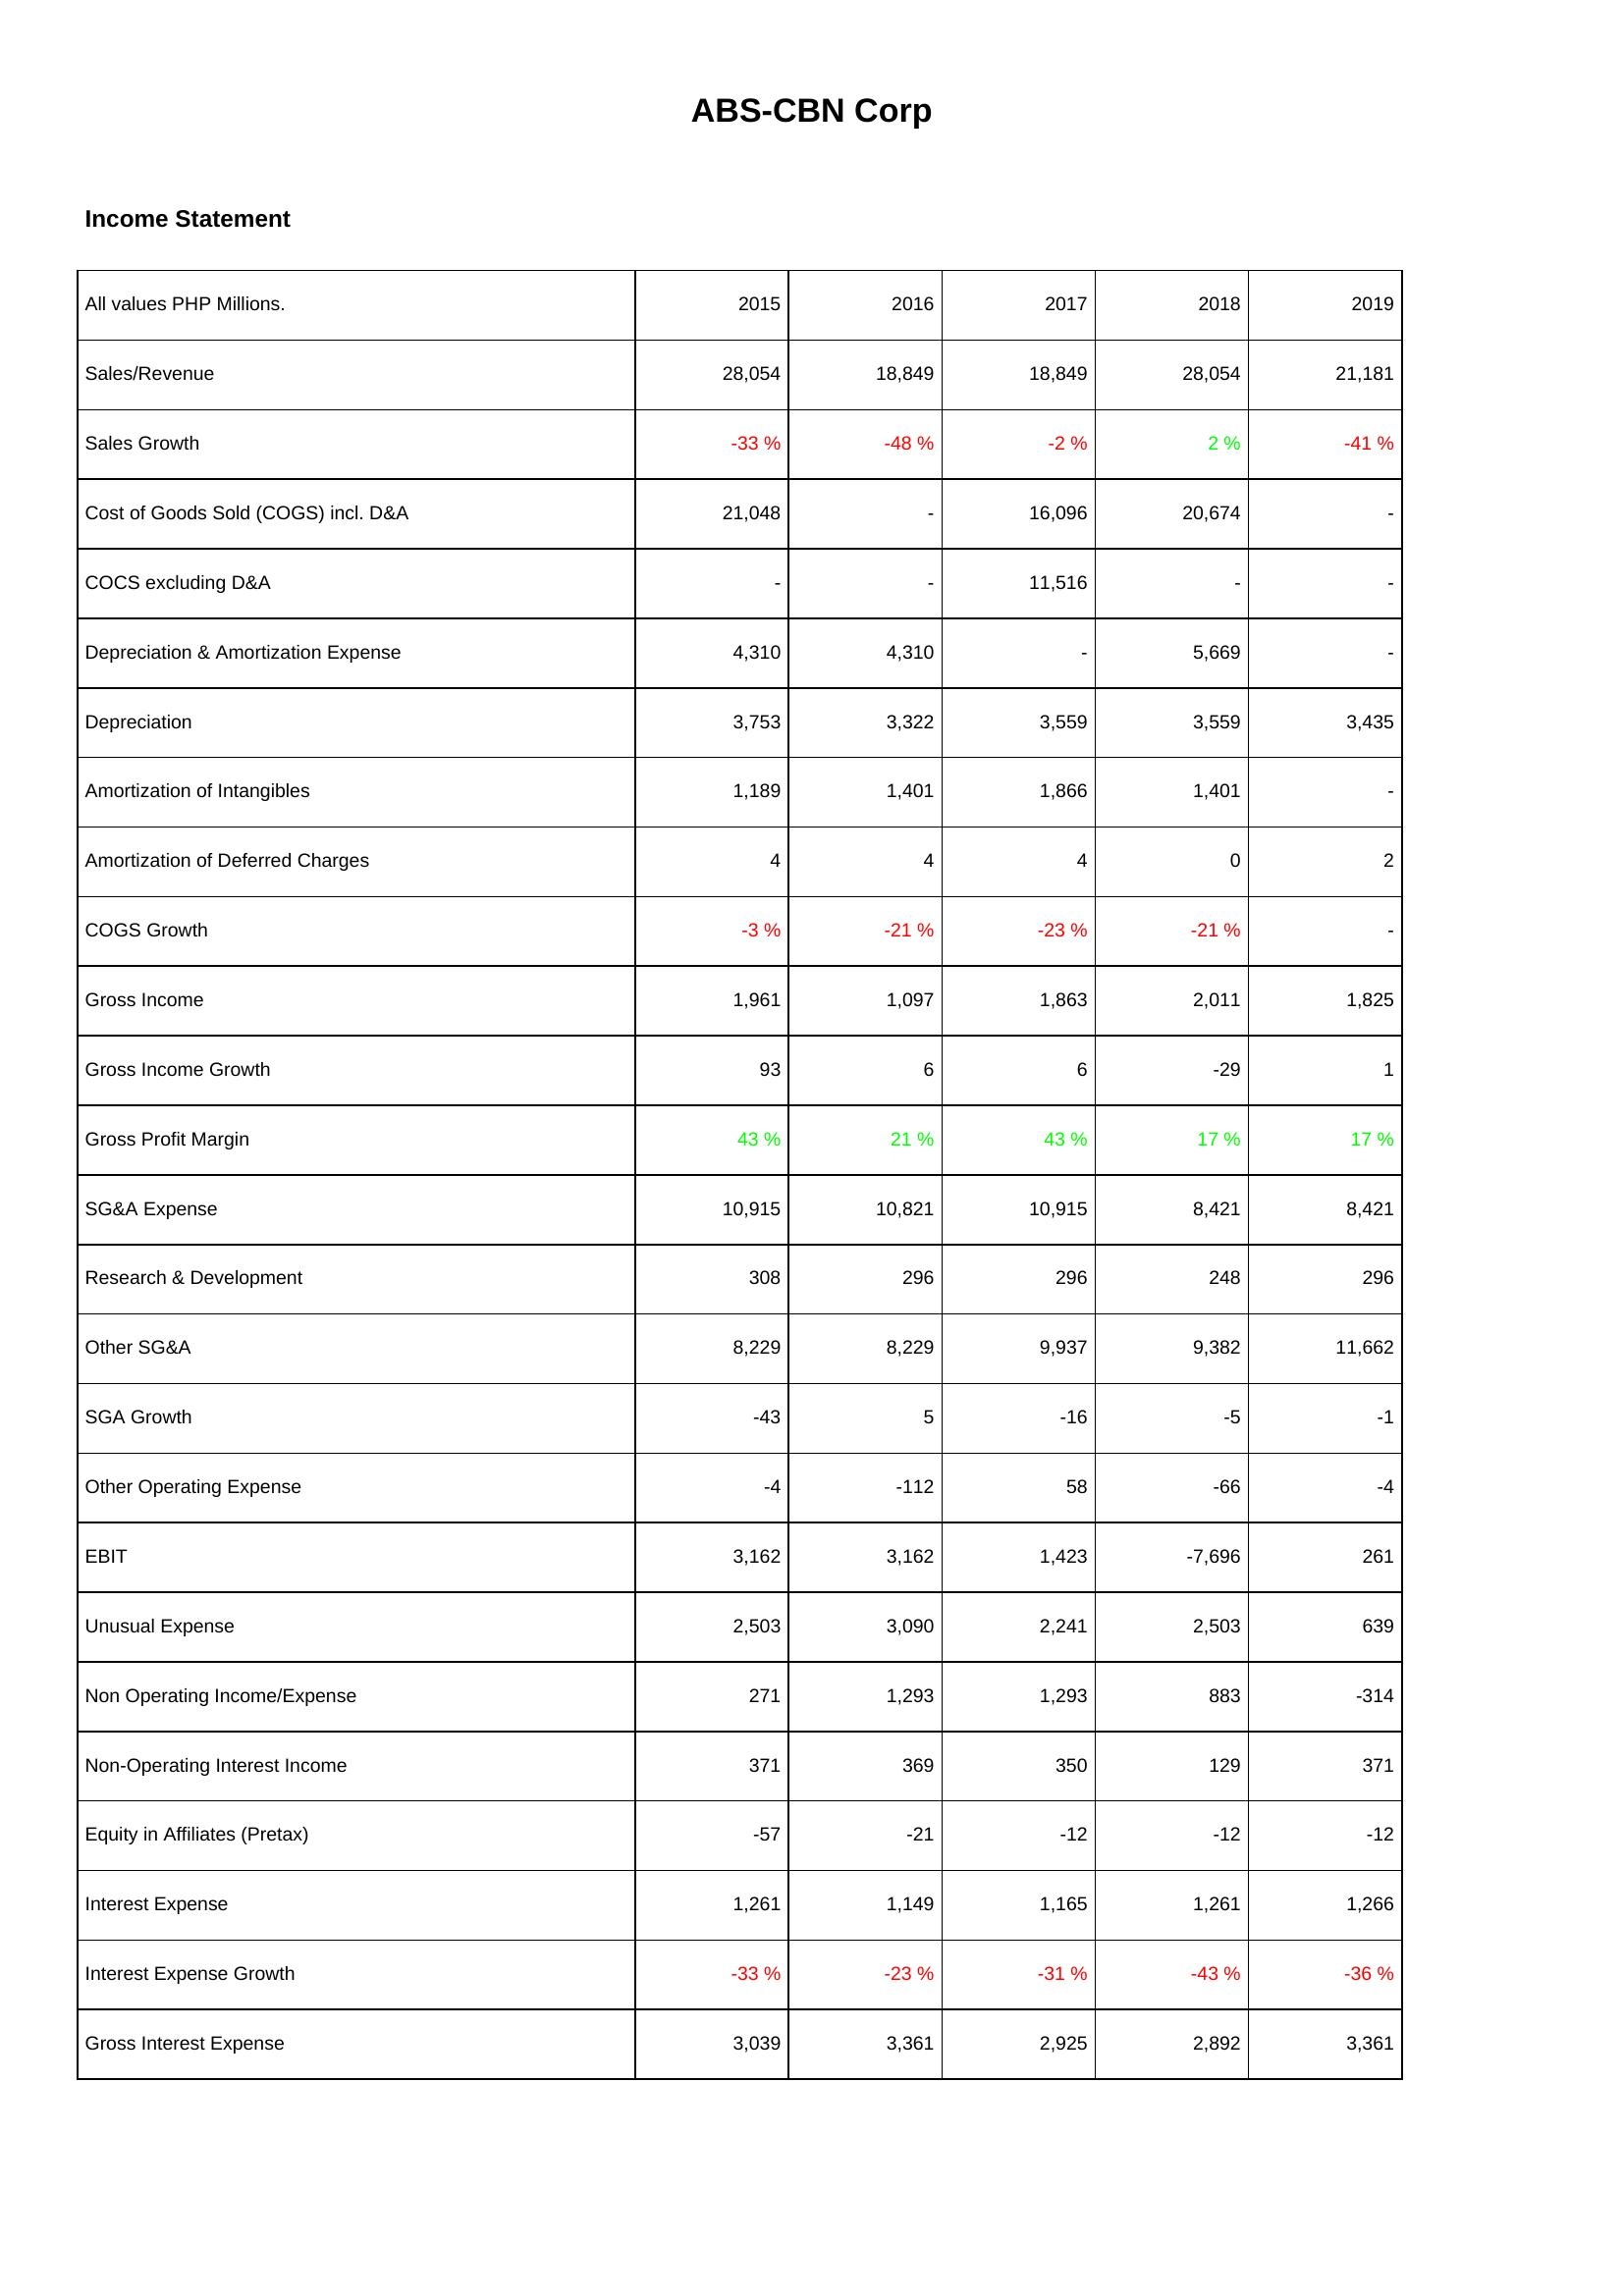
2015: Income Statement: Sales/Revenue: 28,054
Sales Growth: -33 %
Cost of Goods Sold (COGS) incl. D&A: 21,048
COCS excluding D&A: -
Depreciation & Amortization Expense: 4,310
Depreciation: 3,753
Amortization of Intangibles: 1,189
Amortization of Deferred Charges: 4
COGS Growth: -3 %
Gross Income: 1,961
Gross Income Growth: 93
Gross Profit Margin: 43 %
SG&A Expense: 10,915
Research & Development: 308
Other SG&A: 8,229
SGA Growth: -43
Other Operating Expense: -4
EBIT: 3,162
Unusual Expense: 2,503
Non Operating Income/Expense: 271
Non-Operating Interest Income: 371
Equity in Affiliates (Pretax): -57
Interest Expense: 1,261
Interest Expense Growth: -33 %
Gross Interest Expense: 3,039
2016: Income Statement: Sales/Revenue: 18,849
Sales Growth: -48 %
Cost of Goods Sold (COGS) incl. D&A: -
COCS excluding D&A: -
Depreciation & Amortization Expense: 4,310
Depreciation: 3,322
Amortization of Intangibles: 1,401
Amortization of Deferred Charges: 4
COGS Growth: -21 %
Gross Income: 1,097
Gross Income Growth: 6
Gross Profit Margin: 21 %
SG&A Expense: 10,821
Research & Development: 296
Other SG&A: 8,229
SGA Growth: 5
Other Operating Expense: -112
EBIT: 3,162
Unusual Expense: 3,090
Non Operating Income/Expense: 1,293
Non-Operating Interest Income: 369
Equity in Affiliates (Pretax): -21
Interest Expense: 1,149
Interest Expense Growth: -23 %
Gross Interest Expense: 3,361
2017: Income Statement: Sales/Revenue: 18,849
Sales Growth: -2 %
Cost of Goods Sold (COGS) incl. D&A: 16,096
COCS excluding D&A: 11,516
Depreciation & Amortization Expense: -
Depreciation: 3,559
Amortization of Intangibles: 1,866
Amortization of Deferred Charges: 4
COGS Growth: -23 %
Gross Income: 1,863
Gross Income Growth: 6
Gross Profit Margin: 43 %
SG&A Expense: 10,915
Research & Development: 296
Other SG&A: 9,937
SGA Growth: -16
Other Operating Expense: 58
EBIT: 1,423
Unusual Expense: 2,241
Non Operating Income/Expense: 1,293
Non-Operating Interest Income: 350
Equity in Affiliates (Pretax): -12
Interest Expense: 1,165
Interest Expense Growth: -31 %
Gross Interest Expense: 2,925
2018: Income Statement: Sales/Revenue: 28,054
Sales Growth: 2 %
Cost of Goods Sold (COGS) incl. D&A: 20,674
COCS excluding D&A: -
Depreciation & Amortization Expense: 5,669
Depreciation: 3,559
Amortization of Intangibles: 1,401
Amortization of Deferred Charges: 0
COGS Growth: -21 %
Gross Income: 2,011
Gross Income Growth: -29
Gross Profit Margin: 17 %
SG&A Expense: 8,421
Research & Development: 248
Other SG&A: 9,382
SGA Growth: -5
Other Operating Expense: -66
EBIT: -7,696
Unusual Expense: 2,503
Non Operating Income/Expense: 883
Non-Operating Interest Income: 129
Equity in Affiliates (Pretax): -12
Interest Expense: 1,261
Interest Expense Growth: -43 %
Gross Interest Expense: 2,892
2019: Income Statement: Sales/Revenue: 21,181
Sales Growth: -41 %
Cost of Goods Sold (COGS) incl. D&A: -
COCS excluding D&A: -
Depreciation & Amortization Expense: -
Depreciation: 3,435
Amortization of Intangibles: -
Amortization of Deferred Charges: 2
COGS Growth: -
Gross Income: 1,825
Gross Income Growth: 1
Gross Profit Margin: 17 %
SG&A Expense: 8,421
Research & Development: 296
Other SG&A: 11,662
SGA Growth: -1
Other Operating Expense: -4
EBIT: 261
Unusual Expense: 639
Non Operating Income/Expense: -314
Non-Operating Interest Income: 371
Equity in Affiliates (Pretax): -12
Interest Expense: 1,266
Interest Expense Growth: -36 %
Gross Interest Expense: 3,361